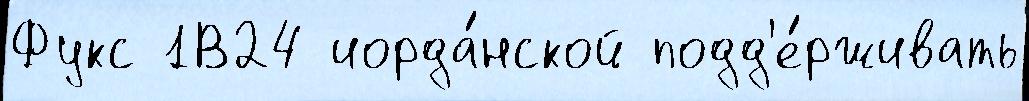
Фукс 1В24 иорда́нской подд'е́рживать